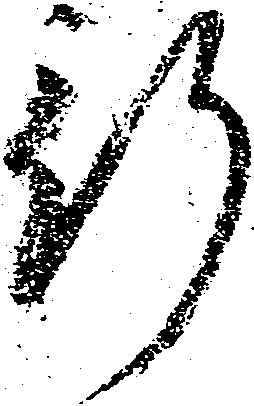
行